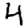
Digit: 4